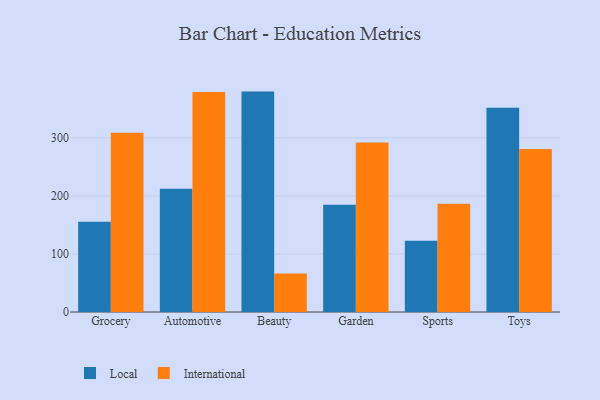
{"axis": {"x": "Category", "y": "Headcount"}, "legend": ["International", "Local"], "data": [{"x": "Grocery", "y": 155.5, "type": "Local"}, {"x": "Grocery", "y": 309.0, "type": "International"}, {"x": "Automotive", "y": 212.2, "type": "Local"}, {"x": "Automotive", "y": 379.1, "type": "International"}, {"x": "Beauty", "y": 379.8, "type": "Local"}, {"x": "Beauty", "y": 66.3, "type": "International"}, {"x": "Garden", "y": 184.9, "type": "Local"}, {"x": "Garden", "y": 291.9, "type": "International"}, {"x": "Sports", "y": 122.8, "type": "Local"}, {"x": "Sports", "y": 186.7, "type": "International"}, {"x": "Toys", "y": 352.0, "type": "Local"}, {"x": "Toys", "y": 281.0, "type": "International"}]}